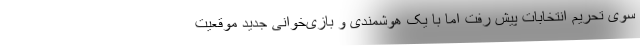
سوی تحریم انتخابات پیش رفت اما با یک هوشمندی و بازی‌خوانی جدید موقعیت